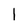
Character: 1